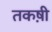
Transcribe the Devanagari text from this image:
तकष़ी